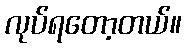
လုပ်ရတော့တယ်။